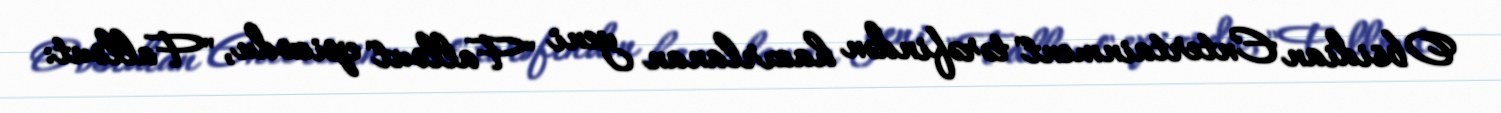
Obsidian Entertainment" tərəfindən hazırlanan yeni "Fallout" epizodu, "Fallout: